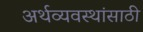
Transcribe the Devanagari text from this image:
अर्थव्यवस्थांसाठी